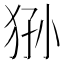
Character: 狲